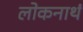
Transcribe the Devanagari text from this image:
लोकनाथं